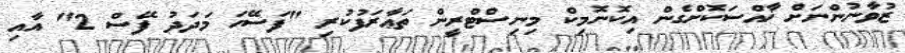
ޒުވާނުންނަށް ޚާއްސަކޮށްގެން އިކޮނޮމިކް މިނިސްޓްރީން ތަޢާރަފުކުރި "ފަސޭހަ މަދަދު ފޭސް 2" އާއި